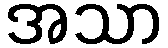
အသာ